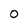
Character: 0